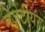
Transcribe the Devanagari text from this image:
गेज़ेटीयर